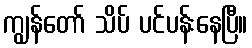
ကျွန်တော် သိပ် ပင်ပန်းနေပြီ။